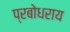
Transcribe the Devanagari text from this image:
प्रबोधराय